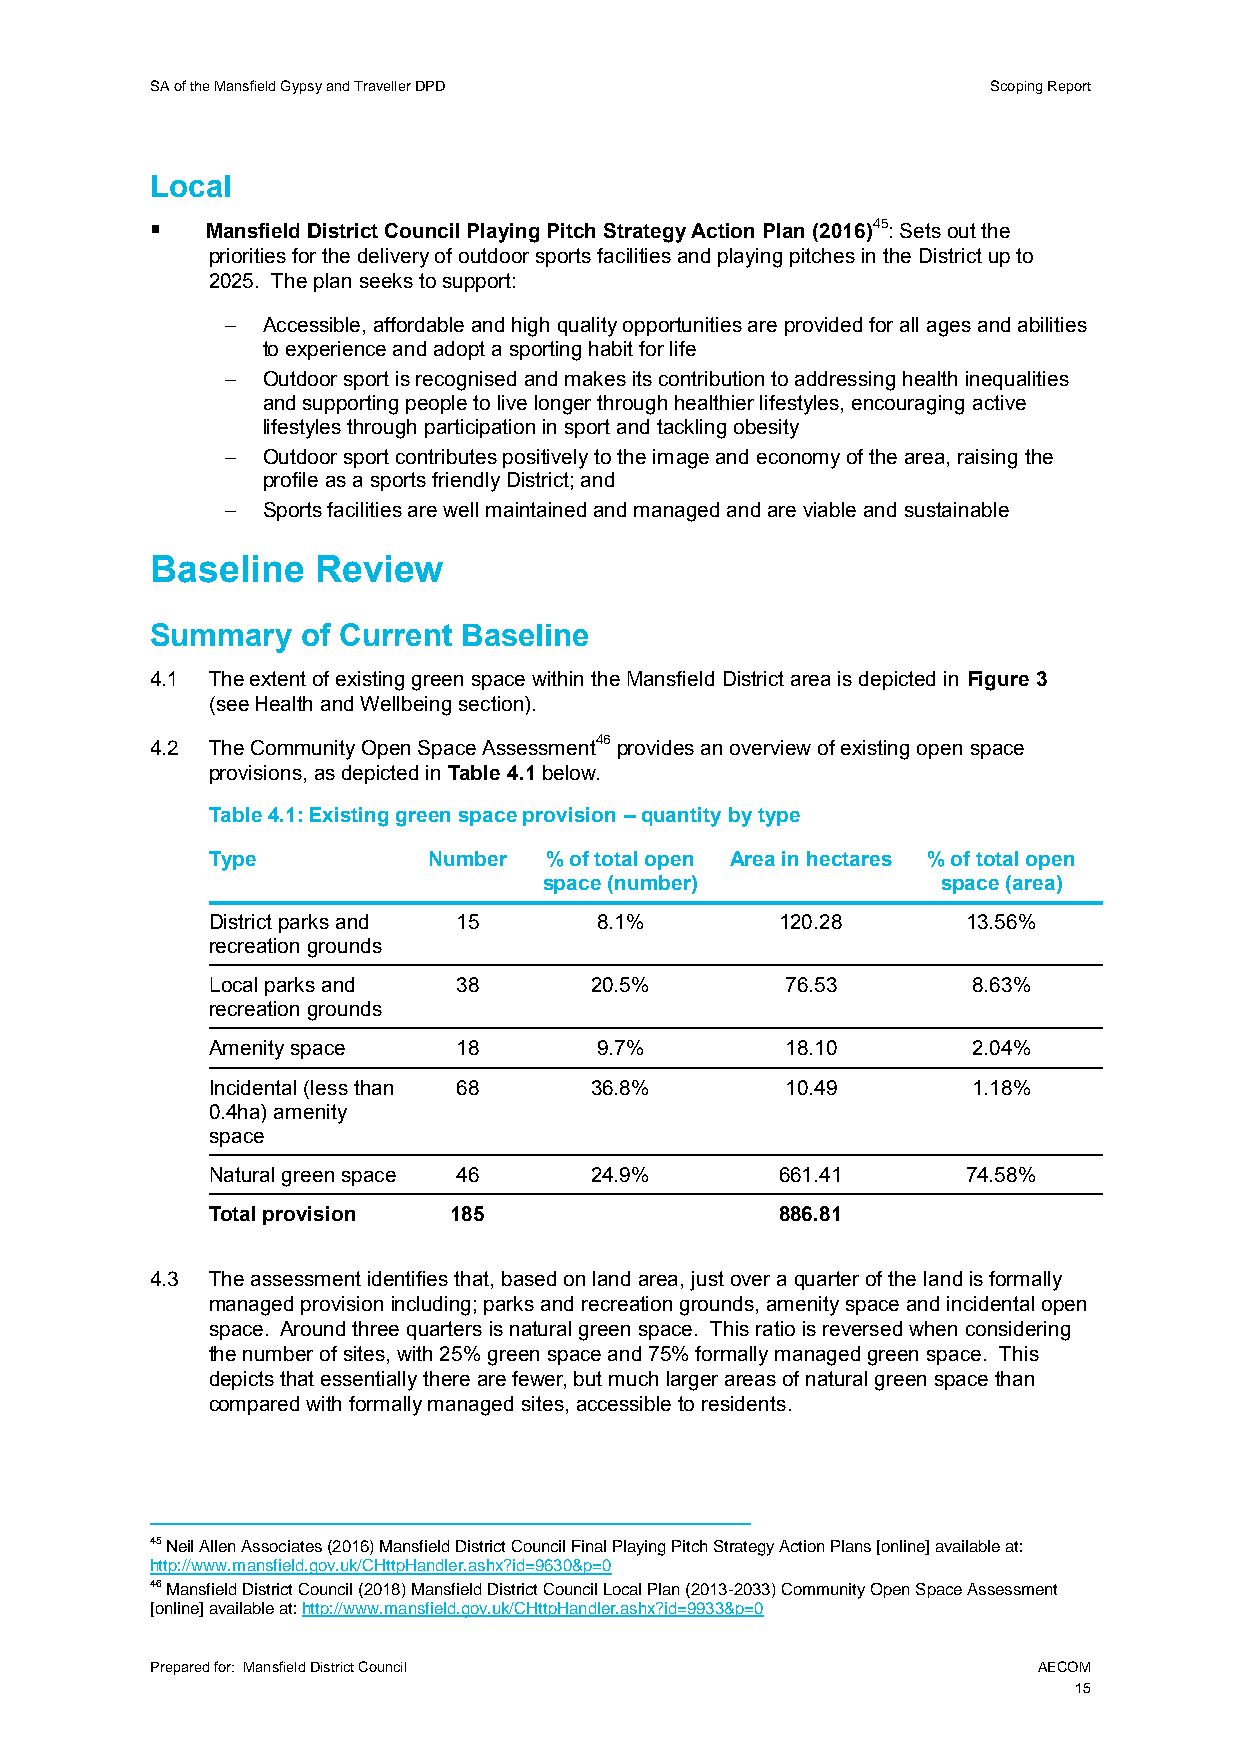
SA of the Mansfield Gypsy and Traveller DPD             Scoping Report
 Local
    Mansfield District Council Playing Pitch Strategy Action Plan (2016)45: Sets out the
 priorities for the delivery of outdoor sports facilities and playing pitches in the District up to
 2025. The plan seeks to support:
  Accessible, affordable and high quality opportunities are provided for all ages and abilities
 to experience and adopt a sporting habit for life
  Outdoor sport is recognised and makes its contribution to addressing health inequalities
 and supporting people to live longer through healthier lifestyles, encouraging active
 lifestyles through participation in sport and tackling obesity
  Outdoor sport contributes positively to the image and economy of the area, raising the
 profile as a sports friendly District; and
  Sports facilities are well maintained and managed and are viable and sustainable
 Baseline   Review
 Summary   of Current Baseline
 4.1 The extent of existing green space within the Mansfield District area is depicted in Figure 3
 (see Health and Wellbeing section).
 4.2 The Community Open Space Assessment46 provides an overview of existing open space
 provisions, as depicted in Table 4.1 below.
 Table 4.1: Existing green space provision – quantity by type
 Type          Number  % of total open Area in hectares % of total open
 space (number)            space (area)
 District parks and 15    8.1%         120.28      13.56%
 recreation grounds
 Local parks and 38       20.5%        76.53       8.63%
 recreation grounds
 Amenity space   18       9.7%         18.10       2.04%
 Incidental (less than 68 36.8%        10.49       1.18%
 0.4ha) amenity
 space
 Natural green space 46   24.9%        661.41      74.58%
 Total provision 185                   886.81
 4.3 The assessment identifies that, based on land area, just over a quarter of the land is formally
 managed provision including; parks and recreation grounds, amenity space and incidental open
 space. Around three quarters is natural green space. This ratio is reversed when considering
 the number of sites, with 25% green space and 75% formally managed green space. This
 depicts that essentially there are fewer, but much larger areas of natural green space than
 compared with formally managed sites, accessible to residents.
 45 Neil Allen Associates (2016) Mansfield District Council Final Playing Pitch Strategy Action Plans [online] available at:
 http://www.mansfield.gov.uk/CHttpHandler.ashx?id=9630&p=0
 46 Mansfield District Council (2018) Mansfield District Council Local Plan (2013-2033) Community Open Space Assessment
 [online] available at: http://www.mansfield.gov.uk/CHttpHandler.ashx?id=9933&p=0
 Prepared for: Mansfield District Council                   AECOM
 15